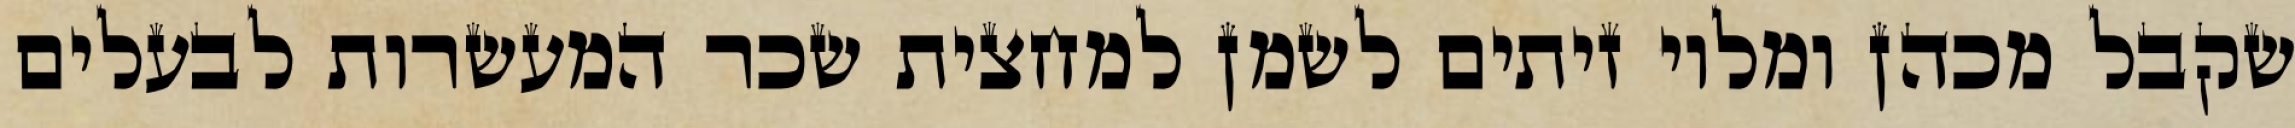
שקבל מכהן ומלוי זיתים לשמן למחצית שכר המעשרות לבעלים